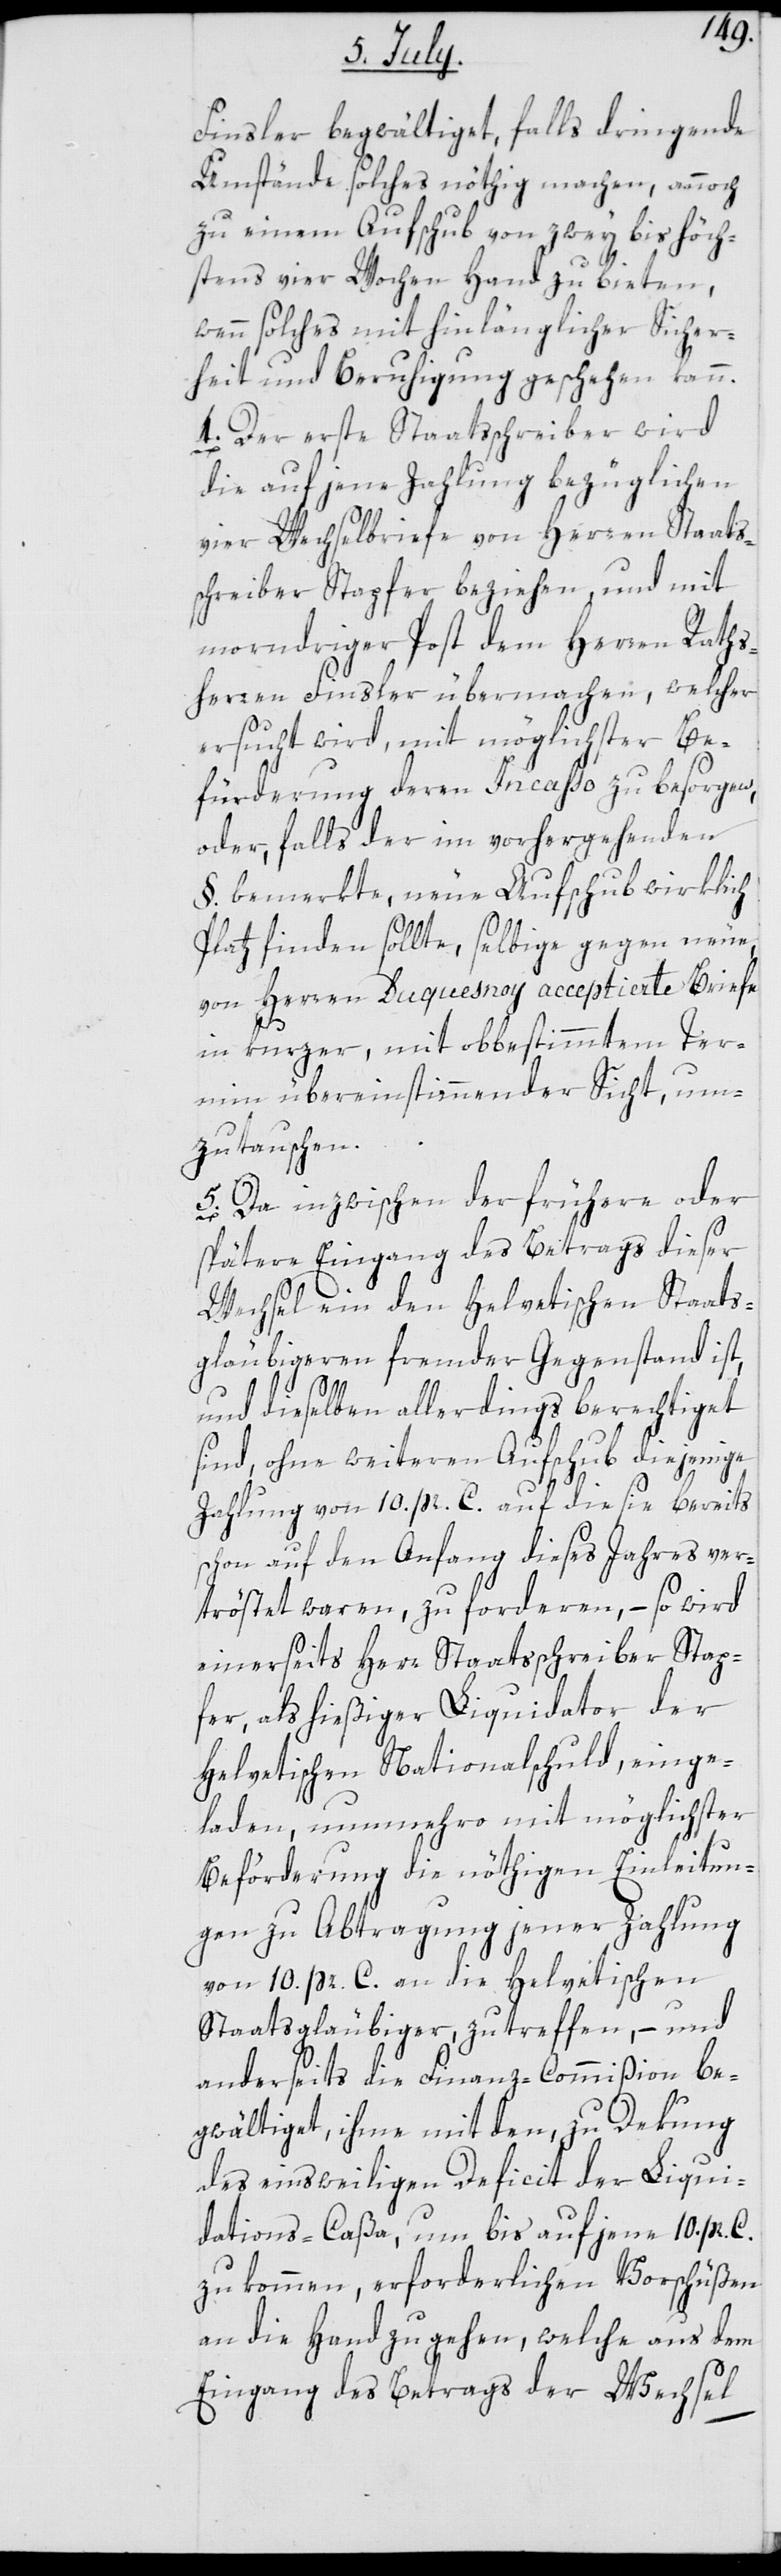
Finsler begwältiget, falls dringende
Umstände solches nöthig machen, annoch
zu einem Aufschub von zwey bis höch¬
stens vier Wochen Hand zu bieten,
wenn solches mit hinlänglicher Sicher¬
heit und Beruhigung geschehen kann.
4. Der erste Staatsschreiber wird
die auf jene Zahlung bezüglichen
vier Wechselbriefe von Herren Staats¬
schreiber Stapfer beziehen, und mit
morndriger Post dem Herren Raths¬
herren Finsler übermachen, welcher
ersucht wird, mit möglichster Be¬
fürderung deren Incaßo zu besorgen,
oder, falls der im vorhergehenden
§. bemerkte, neue Aufschub wirklich
Platz finden sollte, selbige gegen neue,
von Herren Duquesnoy acceptierte Briefe
in kurzer, mit obbestimmtem Ter¬
min übereinstimmender Sicht, um¬
zutauschen.
5. Da inzwischen der frühere oder
spätere Eingang des Betrags dieser
Wechsel ein den Helvetischen Staats¬
gläubigeren fremder Gegenstand ist,
und dieselben allerdings berechtiget
sind, ohne weiteren Aufschub diejenige
Zahlung von 10. pr. C. auf die sie bereits
schon auf den Anfang dieses Jahres ver¬
tröstet waren, zu forderen, – so wird
einerseits Herr Staatsschreiber Stap¬
fer, als hießiger Liquidator der
Helvetischen Nationalschuld, einge¬
laden, nunmehro mit möglichster
Beförderung die nöthigen Einleitun¬
gen zu Abtragung jener Zahlung
von 10. pr. C. an die Helvetischen
Staatsgläubiger, zu treffen, – und
anderseits die Finanz-Commißion be¬
gwältiget, ihme mit den, zu Dekung
des einsweiligen Deficit der Liqui¬
dations-Caßa, um bis auf jene 10. pr. C.
zu kommen, erforderlichen Vorschüßen
an die Hand zu gehen, welche aus dem
Eingang des Betrags der Wechsel